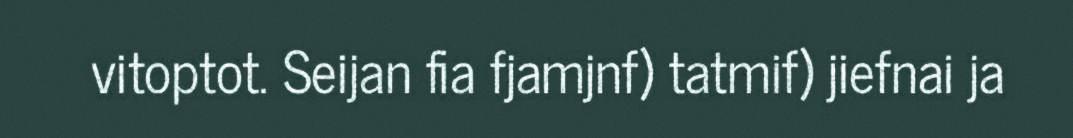
vitoptot. Seijan fia fjamjnf) tatmif) jiefnai ja